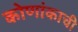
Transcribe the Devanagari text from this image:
कोणांकाची